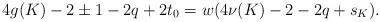
LaTeX: \begin{align*}4 g(K) - 2 \pm 1 - 2 q + 2 t_0 = w (4 \nu(K) - 2 - 2 q + s_K).\end{align*}